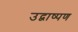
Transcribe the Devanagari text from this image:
उद्वाष्पण